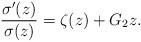
LaTeX: \begin{align*}\frac{\sigma'(z)}{\sigma(z)} = \zeta(z) + G_2 z.\end{align*}